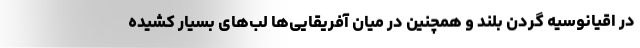
در اقیانوسیه گردن بلند و همچنین در میان آفریقایی‌ها لب‌های بسیار کشیده